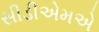
સીડીએમએ